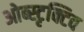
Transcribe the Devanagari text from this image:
ओब्स्टृक्टिव